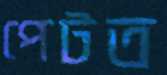
পেটত